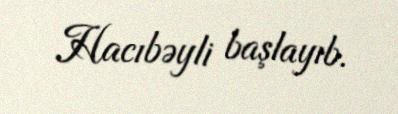
Hacıbəyli başlayıb.